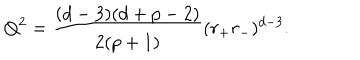
Q ^ { 2 } = \frac { ( d - 3 ) ( d + p - 2 ) } { 2 ( p + 1 ) } ( r _ { + } r _ { - } ) ^ { d - 3 } .